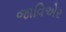
જાવિએર